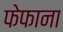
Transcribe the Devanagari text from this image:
फेफाना